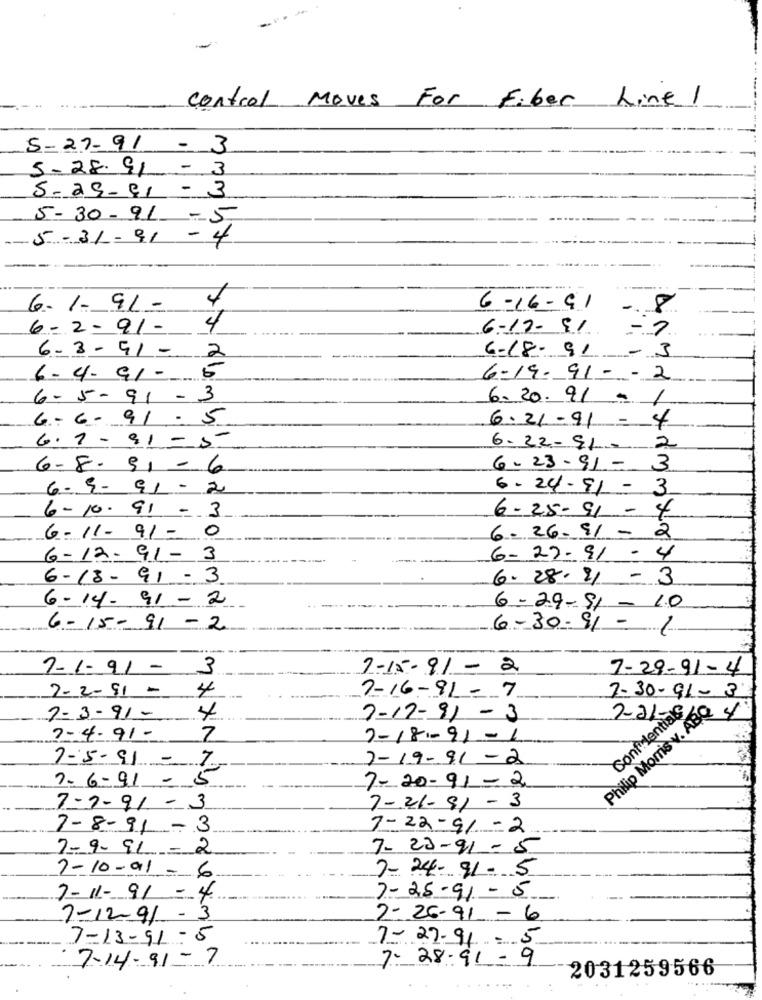
Control Moves For Fiber Line1
5-27-91- 3
5-28.91- 3
5-29-81 - 3
5-30-91 -5
5-31-91 - 4
6.1.9/ -
4
6-16-91
6-2-91-
4
6-17- 91 -
6-8-91 - 2
6-18- 91 - 3
6-4-91 -
6-19-91 -- -
6-5-91 - 3
6.20. 91 .
1
6- 6- 91 .5
6.21-91 = 4
6.7 - 81- 5
6.22-91- 2
6-8-91 - 6
6-23-91-
3
6-9- 91 - 2
6-24-91 - 3
6-10- 91 - 3
6-25-91 - 4
6-11- 91- 0
6 -26.91 - 2
6-12-91- 3
6-27-91 - 4
6-18 - 91 - 3
6.28.21- 3
6-14- 91 - 2
6-29-91 - 1.0
6-15-91 - 2
6-30-91 - 1
----
7-1-91 - 3
7-15-91 - 2
7-29-91-4
7-2-91 -
4
7-16-91 -7
7-30-91- 3
Philip Morris v. ABQ
ConfidentialS
7=3-91-
4
7-12-91 -3
7-21-
7-4-91-
7
7-18-91-1
7-19-91-2
7-5-91 - 7
7-6-91 - 5
7- 20-91 - 2
7-7-91 -3
7-21-91 - 3
7-8-91 -3
7- 22-91-2
7-9- 91 - 2
7-23-91 - 5
7- 24-91 - 5
7-10-91-6
7-25-91-5
7-11- 91 - 4
7-12-91 -3
2- 26-91-6
7-13-91-5
7-27-91 - 5
7-14-91-7
7- 28-91 - 9
2031259566